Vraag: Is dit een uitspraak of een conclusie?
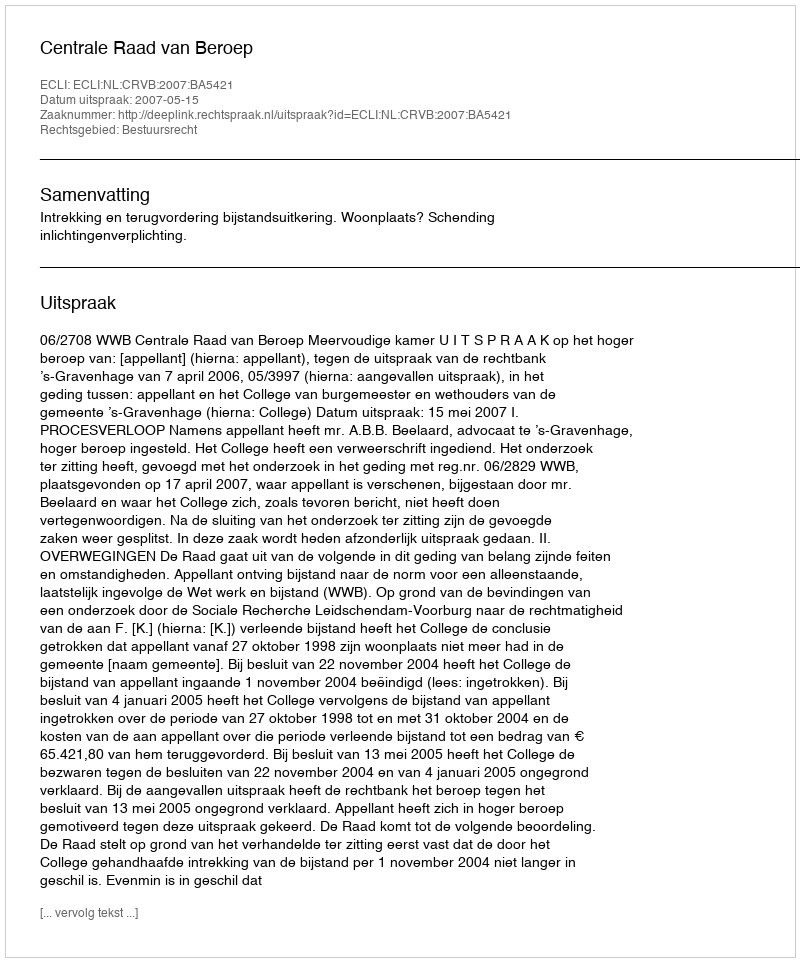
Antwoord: Uitspraak